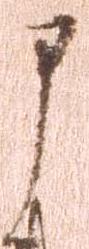
申